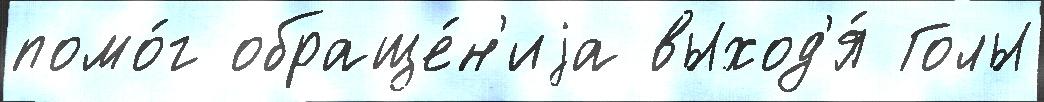
помо́г обраще́н'иjа выход'я́ Голы